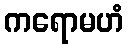
ကရောမဟံ